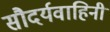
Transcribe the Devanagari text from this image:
सौदर्यवाहिनी